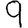
Digit: 9